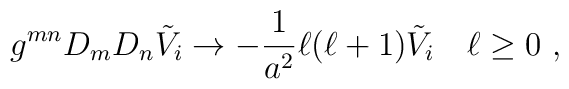
g^{mn}D_mD_n \tilde V_i\to -\frac{1}{a^2} \ell(\ell +1)\tilde V_i\quad\ell\geq 0~,